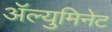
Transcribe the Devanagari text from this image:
ॲल्युमिनेट